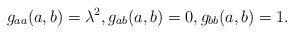
LaTeX: \begin{align*}g_{aa}(a,b) = \lambda^2,g_{ab}(a,b) = 0, g_{bb}(a,b) = 1.\end{align*}